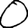
Digit: 0